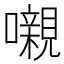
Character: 嚫